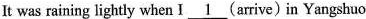
It was raining lightly when I \underline{1} (arrive)in Yangshuo